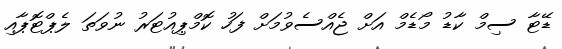
ޑޭޓާ ސިމް ކާޑު މޯޑެމް އަށް ޖެއްސެވުމަށް ފަހު ކޮމްޕިއުޓަރު ނުވަތަ ލެޕްޓޮޕާއި